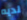
لديه